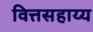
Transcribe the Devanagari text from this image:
वित्तसहाय्य